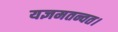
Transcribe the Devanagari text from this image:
यज्ञमतन्वत।